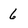
Character: 6